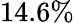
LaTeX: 14.6\%